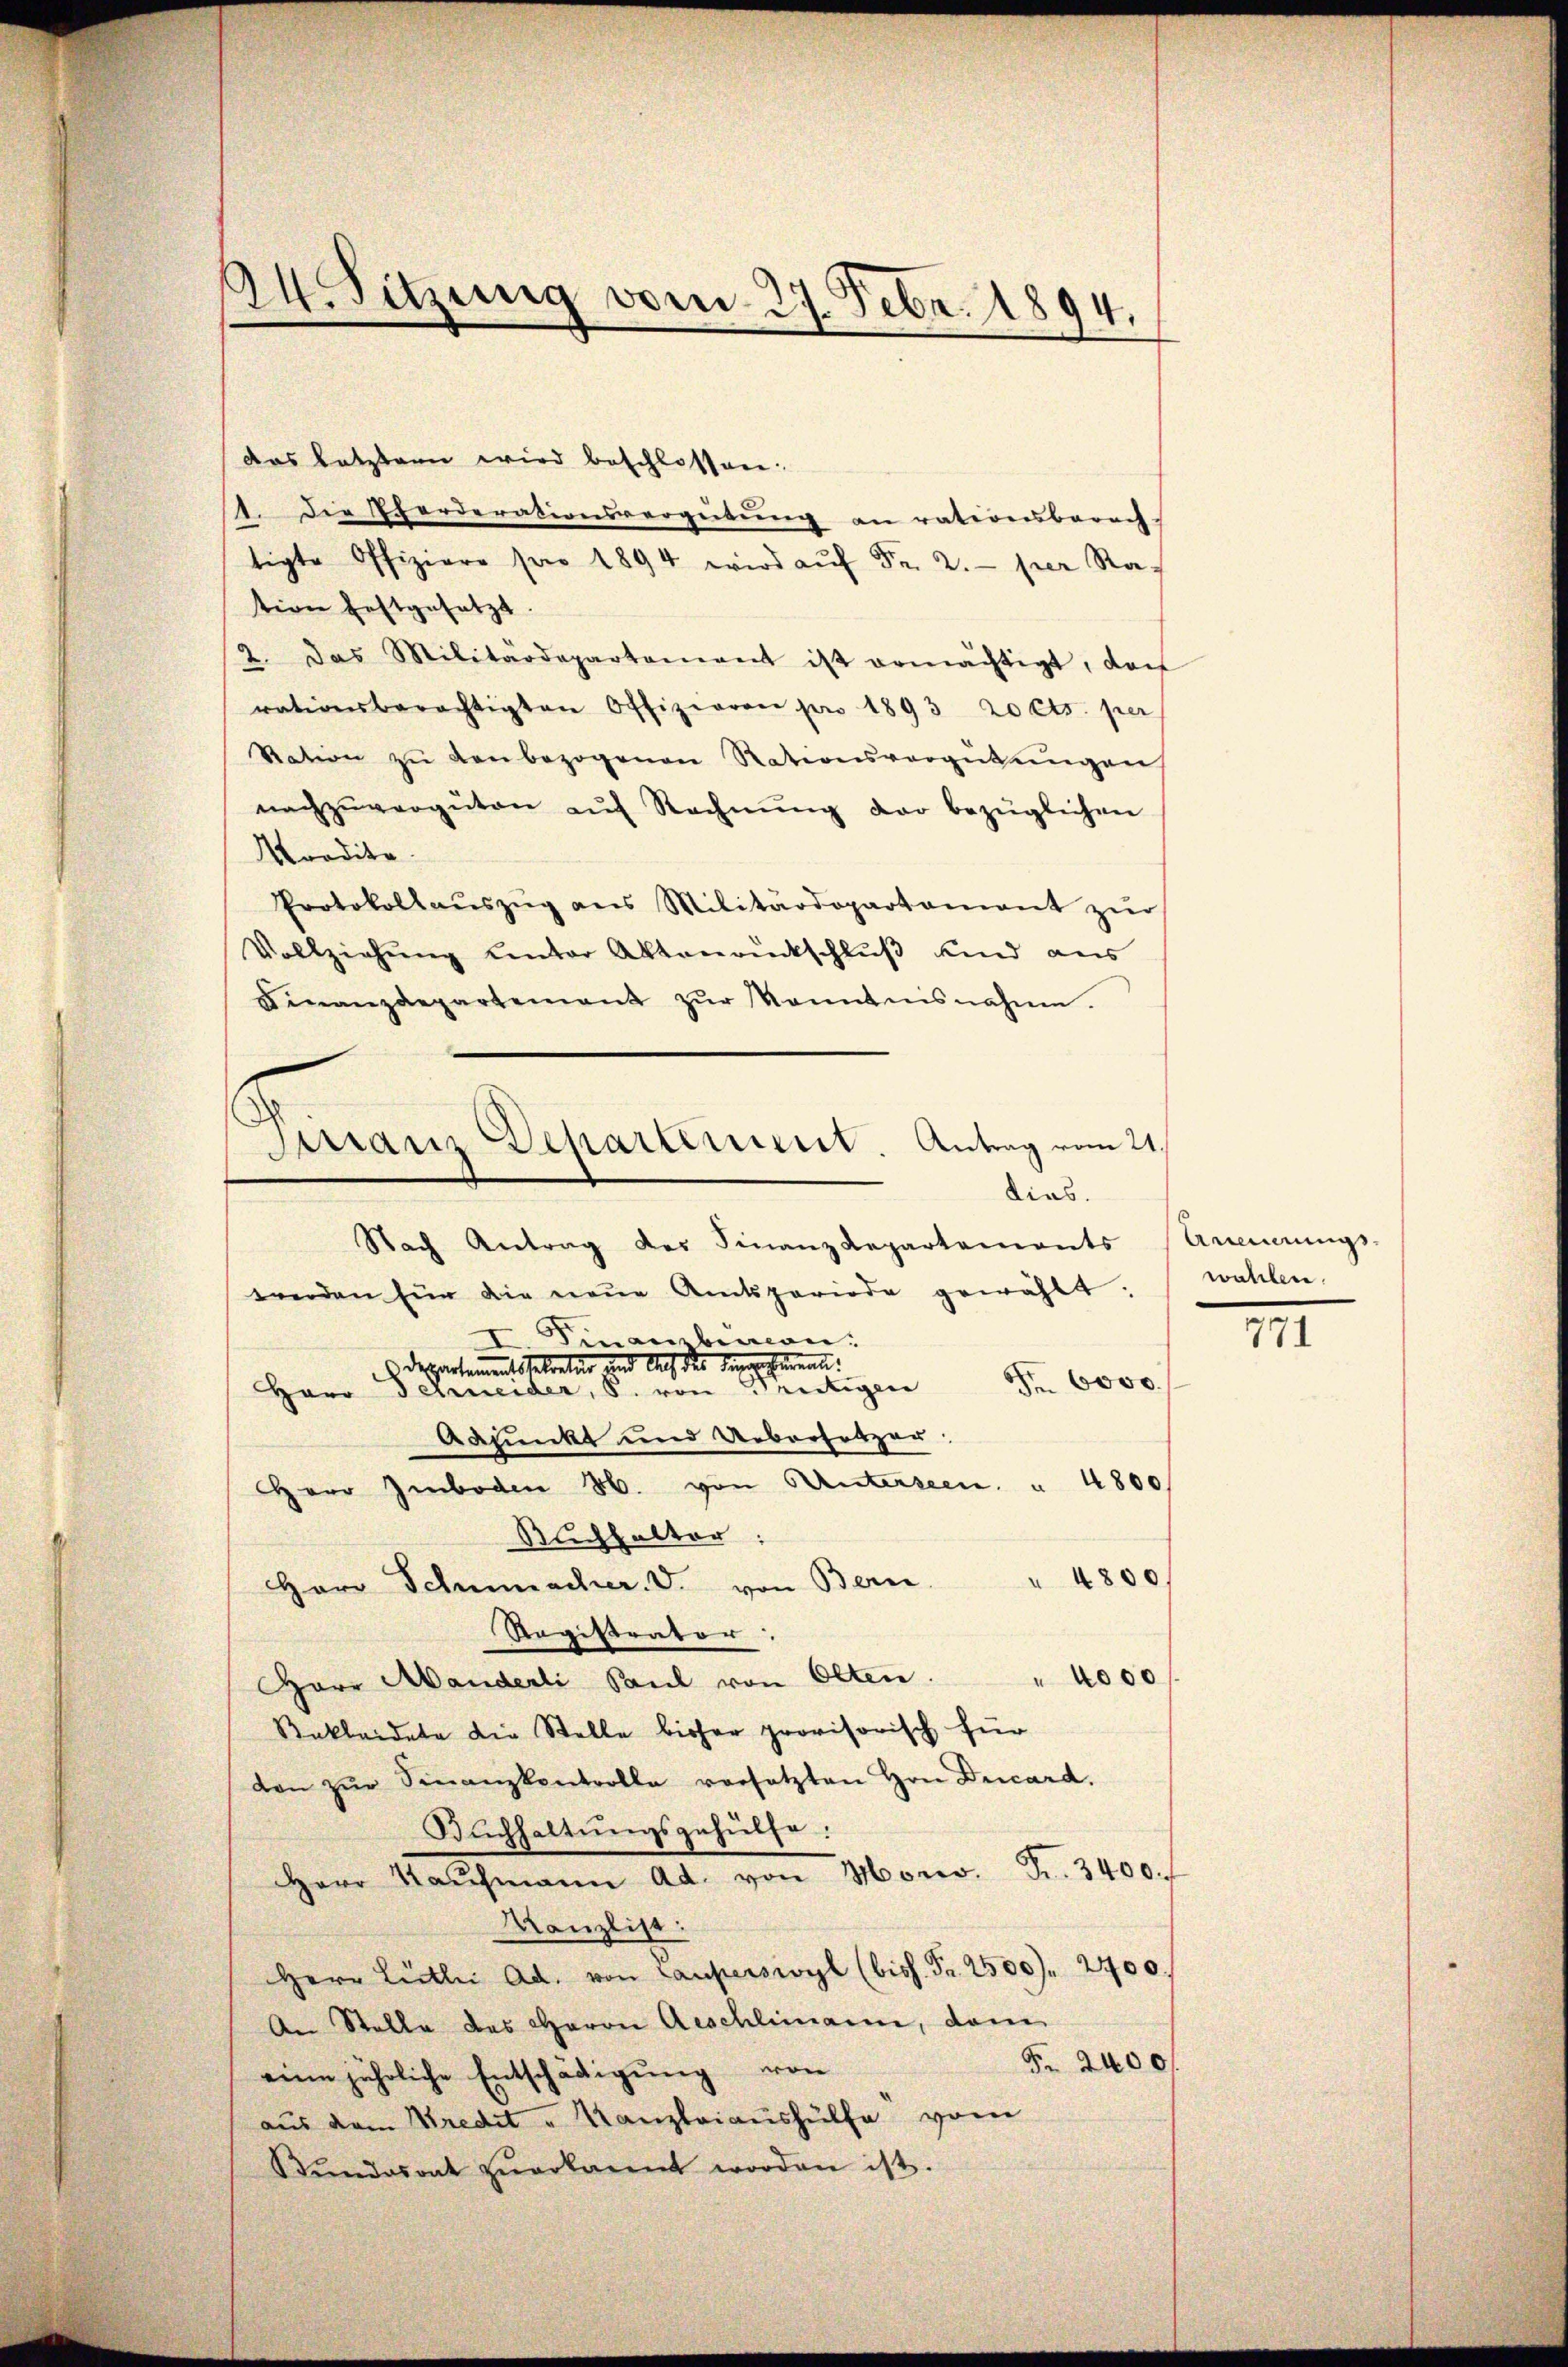
das letzten wird beschlossen:
1. Die Pferderationsvergütŭng an rationsberech-
tigte Offiziere pro 1894 wird aŭf Fr. 2. per Ration festgesetzt.
2. Das Militärdepartamant ist ermächtigt, doch
rationsberechtigten Offizieren pro 1893 20 Cts. per
Nation zŭ den bezogenen Rationsvergütŭngen
nachzŭvergüten aŭf Rechnŭng der bezüglichen
Mordite.
Protokollaŭszŭg ans Militärdepartament zŭr
Vollziehŭng unter Aktenrückschluß und aus
Finanzdepartement zŭr Kenntnisnahme.
werden für die neŭe Amtsperiode gewählt.
I. Finanzberon:
 Departementstetretur und Auch des Reichmann.
Fr. 6000.
Herr Schneider, S. von Peutigen
Adjunkt und Uebersetzer
HHerr Imboden 26. von Unterseen. " 4800
Ruchhalter:
Herr Schumacher. V. von Bern. " 4800
Registrator.
" 4000
Garr Manderli Paul von Olten.
Sekleidete die Stelle bisher provisorisch für
den zŭr Finanzkontrolle versetzten Hrn Ducard.
Buchhaltungsgehülfe.
Herr Maschmann ad Mon. Fr. 3400.
Kanzlist:
Herr Liebei Ad. von Lauperswyl (biss. Fr. 2500. 2400.
An Stelle des Haron Aeschlimann, dem
Fr. 2400
eine jährliche Entschädigung von
aus dem Kredit " Kanzleiaushülfe vom
Stŭndesrat zŭerkannt worden ist.

24. Sitzung vom 27. Febr. 1894.

Firranz Departerient. Antrag vom 21.
dias.
Nach Antrag des Finanz Repartements

Arennerungswahlen.

771